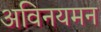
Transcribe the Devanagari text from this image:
अविनयमन